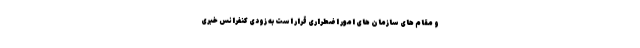
و مقام های سازمان های امور اضطراری قرار است به زودی کنفرانس خبری